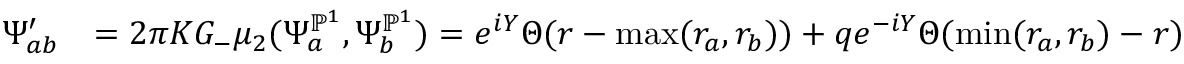
\begin{array} { r l } { \Psi _ { a b } ^ { \prime } } & { = 2 \pi K G _ { - } \mu _ { 2 } ( \Psi _ { a } ^ { \mathbb { P } ^ { 1 } } , \Psi _ { b } ^ { \mathbb { P } ^ { 1 } } ) = e ^ { i Y } \Theta ( r - \operatorname* { m a x } ( r _ { a } , r _ { b } ) ) + q e ^ { - i Y } \Theta ( \operatorname* { m i n } ( r _ { a } , r _ { b } ) - r ) } \end{array}